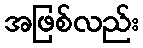
အဖြစ်လည်း